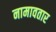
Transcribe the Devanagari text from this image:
नामावतार